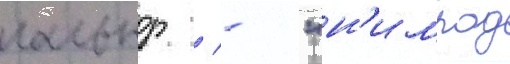
гальнор / - "н'имрод